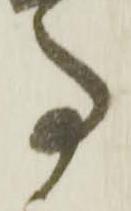
事